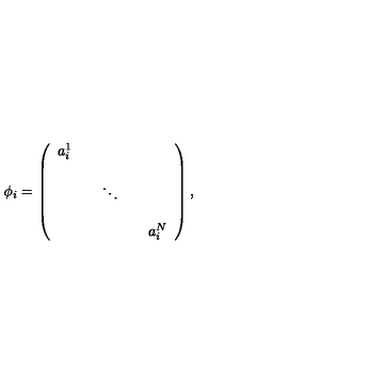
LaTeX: \phi _ { i } = \left( \begin{array} { c c c c c } { a _ { i } ^ { 1 } } & { } & { } & { } & { } \\ { } & { } & { } & { } & { } \\ { } & { } & { \ddots } & { } & { } \\ { } & { } & { } & { } & { } \\ { } & { } & { } & { } & { a _ { i } ^ { N } } \\ \end{array} \right) ,